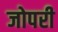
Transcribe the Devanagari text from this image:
जोपरी